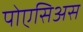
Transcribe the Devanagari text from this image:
पोएसिअस